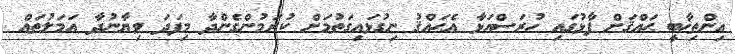
އިންތިޚާބީ ޙައްޤަށް ފާޅުގައި ހުރަސްއަޅާ އެޙައްޤު ނިގުޅައިގަތުމަށް ކުރަމުންގެންދާ މިފަދަ ވިޔާނުދާ އަމަލުތައް